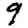
Digit: 9